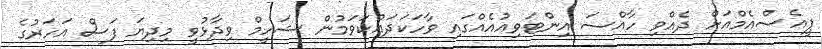
ޕީއެސްއެމްއަށް ދެއްވި ހާއްސަ އިންޓަވިއުއެއްގައި ވާހަކަދައްކަވަމުން ޝަހީމް ވިދާޅުވީ މިދިޔަ ފަސް އަހަރުގެ